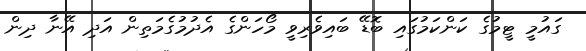
ގައުމީ ޓީމުގެ ކަންކަމުގައި ބޮޑޭ ބައިވެރިވީ މޯހަންގެ އެދުމުގެެމަތިން އަދި އޭނާ ދިން